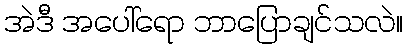
အဲဒီ အပေါ်ရော ဘာပြောချင်သလဲ။